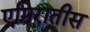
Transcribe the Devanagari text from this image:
एमिरातीस